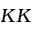
K K